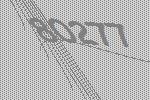
80277